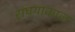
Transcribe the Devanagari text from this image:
संघयाकाल